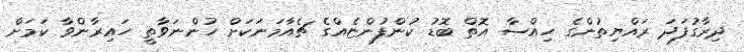
ދިރާގުފަދަ ރައްޔިތުންގެ ހިއްސާ އޮތް ބޮޑު ކުންފުންޏެއްގެ ޗެއާމަނަކަށް ހުންނަވާތީ ހައިރާންވާ ކަމަށް